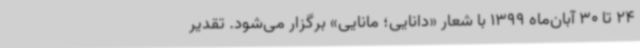
24 تا 30 آبان‌ماه 1399 با شعار «دانایی؛ مانایی» برگزار می‌شود. تقدیر